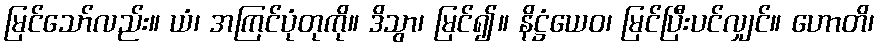
မြင်သော်လည်း။ ယံ၊ အကြင်ပုံတုကို။ ဒိသွာ၊ မြင်၍။ နိဋ္ဌံယေဝ၊ မြင်ပြီးပင်လျှင်။ ဟောတိ၊